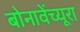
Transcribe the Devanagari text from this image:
बोनावेंच्यूरा